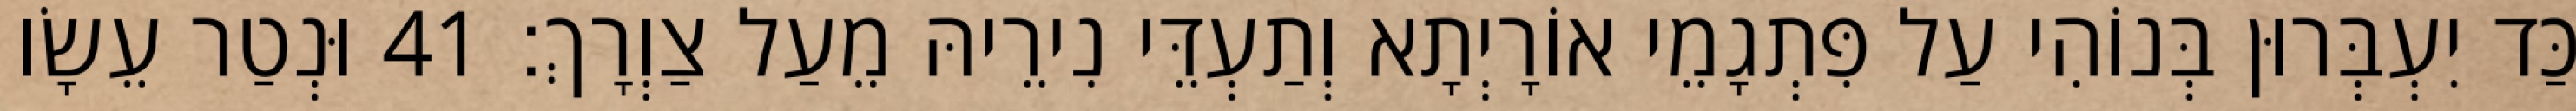
כַּד יִעְבְּרוּן בְּנוֹהִי עַל פִּתְגָמֵי אוֹרָיְתָא וְתַעְדֵּי נִירֵיהּ מֵעַל צַוְרָךְ׃ 41 וּנְטַר עֵשָׂו